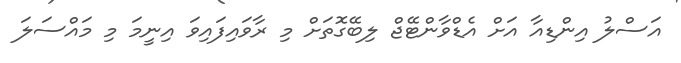
އަސްލު އިންޑިއާ އަށް އެޑްވާންޓޭޖް ލިބޭގޮތަށް މި ރާވައިފައިވަ އިނީމަ މި މައްސަލަ